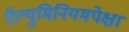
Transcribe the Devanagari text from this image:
ऍल्युमिनियमपेक्षा